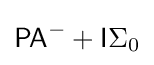
{\mathsf {PA}}^{-}+{\mathsf {I}}\Sigma _{0}